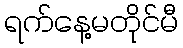
ရက်နေ့မတိုင်မီ